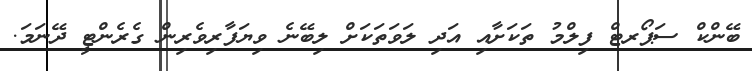
ބޭންކް ސަޕޯރޓް ފިލްމު ތަކަށާއި އަދި ލަވަތަކަށް ލިބޭނެ ވިޔަފާރިވެރިން ގެރެންޓީ ދޭނަމަ.